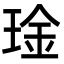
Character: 琻